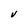
Character: V